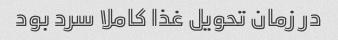
در زمان تحویل غذا کاملا سرد بود